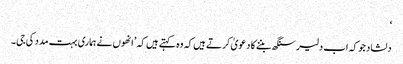
‘
دلشاد جو کہ اب دلیر سنگھ بننے کا دعویٰ کرتے ہیں کہ وہ کہتے ہیں کہ ’انھوں نے ہماری بہت مدد کی جی۔